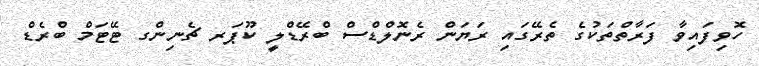
ހޮވިފައިވާ ފަރާތްތަކުގެ ތެރޭގައި ރަޔަން ރެނޮލްޑްސް ބްރޭޑްލީ ކޫޕަރ ޗެނިންގ ޓޭޓަމް ބްރެޑް